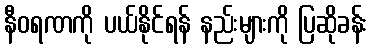
နီဝရဏကို ပယ်နိုင်ရန် နည်းများကို ပြဆိုခန်း